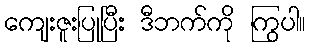
ကျေးဇူးပြုပြီး ဒီဘက်ကို ကြွပါ။